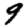
Digit: 9